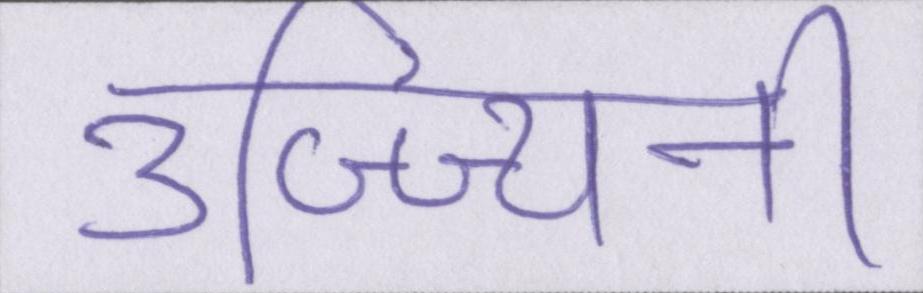
उज्ज्यिनी